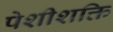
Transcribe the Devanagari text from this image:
पेशीशक्ति